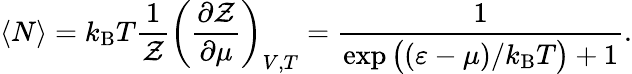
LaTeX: \langle N\rangle=k_{\mathrm{{B}}}T{\frac{1}{\mathcal{Z}}}\left({\frac{\partial{\mathcal{Z}}}{\partial\mu}}\right)_{V,T}={\frac{1}{\exp{\big(}(\varepsilon-\mu)/k_{\mathrm{{B}}}T{\big)}+1}}.